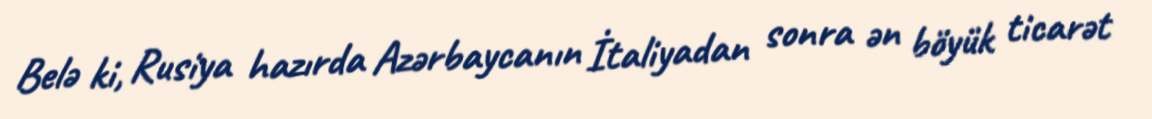
Belə ki, Rusiya hazırda Azərbaycanın İtaliyadan sonra ən böyük ticarət